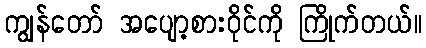
ကျွန်တော် အပျော့စားဝိုင်ကို ကြိုက်တယ်။